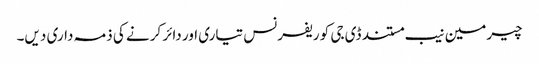
چیرمین نیب مستند ڈی جی کو ریفرنس تیاری اور دائر کرنے کی ذمہ داری دیں۔